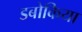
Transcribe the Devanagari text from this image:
डबोकिया